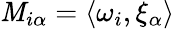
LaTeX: \mathit{M}_{i\alpha}=\langle\omega_{i},\xi_{\alpha}\rangle